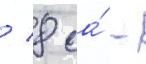
/ 8 га́ -